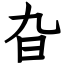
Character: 旮